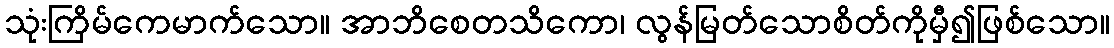
သုံးကြိမ်ကေမာက်သော။ အာဘိစေတသိကော၊ လွန်မြတ်သောစိတ်ကိုမှီ၍ဖြစ်သော။